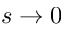
s \to 0